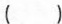
( )